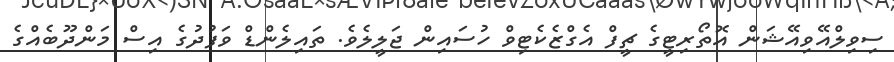
ސިވިލްއޭވިއޭޝަން އޮތޯރިޓީގެ ޗީފް އެގްޒެކެޓިވް ހުސައިން ޖަލީލެވެ. ތައިލެންޑް ވަފުދުގެ އިސް މަންދޫބެއްގެ